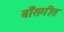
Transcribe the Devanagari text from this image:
बाँसगीत